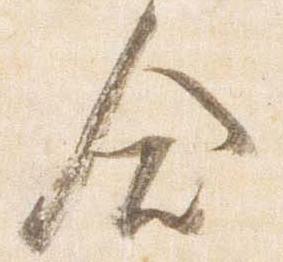
合